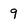
Character: 9